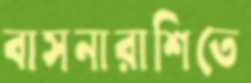
বাসনারাশিতে